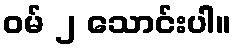
ဝမ် ၂ သောင်းပါ။